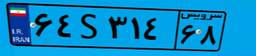
۵۴S۰۵۷۸۷